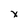
Character: x